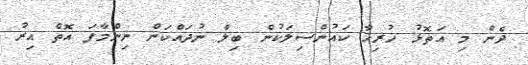
ދެން މި އަތޮޅު ހުރިހާ ކައުންސިލަކުން ބިލް ނުދައްކަން ނިންމާފަ އޮތް އިރު